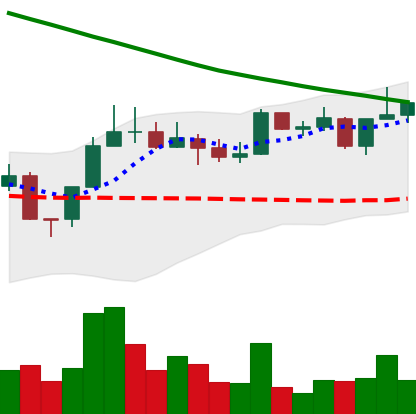
Ticker: NEO-USD
Chart end date: 2022-08-12
Forward return: -9.146%
Label: down_7plus